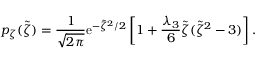
p _ { \zeta } ( \tilde { \zeta } ) = \frac { 1 } { \sqrt { 2 \pi } } \mathrm { e } ^ { - \tilde { \zeta } ^ { 2 } / 2 } \left[ 1 + \frac { \lambda _ { 3 } } { 6 } \tilde { \zeta } ( \tilde { \zeta } ^ { 2 } - 3 ) \right] .